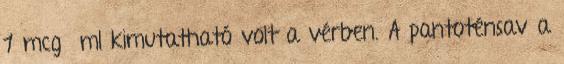
1 mcg ml kimutatható volt a vérben. A pantoténsav a